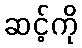
ဆင့်ကို